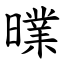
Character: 曗